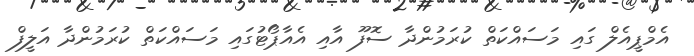
އެމްޕީއެލް ގައި މަސައްކަތް ކުރަމުންދާ ސޮފޫ އާއި އެއާޕޯޓުގައި މަސައްކަތް ކުރަމުންދާ އަލީފް